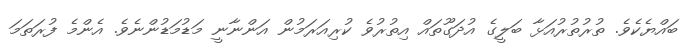
ބައްޔެކެވެ. ތުރުތުރުއަޅާ ބަލީގެ އުދަގޫތައް އިތުރުވެ ކުރިއަރަމުން އަންނާނީ މަޑުމަޑުންނެވެ. އެންމެ ފުރަތަމަ